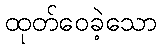
ထုတ်ဝေခဲ့သော